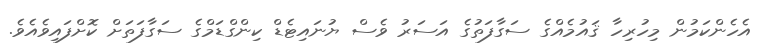
އެހެންކަމުން މިހުރިހާ ޤައުމެއްގެ ސަގާފަތުގެ އަސަރު ވެސް ޔުނައިޓެޑް ކިންގްޑަމްގެ ސަގާފަތަށް ކޮށްފައިވެއެވެ.